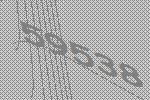
59538